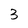
Character: 3